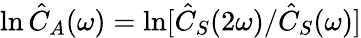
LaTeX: \ln\hat{C}_{A}(\omega)=\ln[\hat{C}_{S}(2\omega)/\hat{C}_{S}(\omega)]